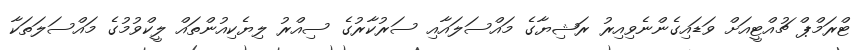
ޓްރަމްޕް ޗުއްޓީއަށް ވަޑައިގެންނެވިއިރު ރަޝިޔާގެ މައްސަލައާއި ސަރުކާރުގެ ސިއްރު ލިޔެކިއުންތައް ލީކްވުމުގެ މައްސަލަތަކާ